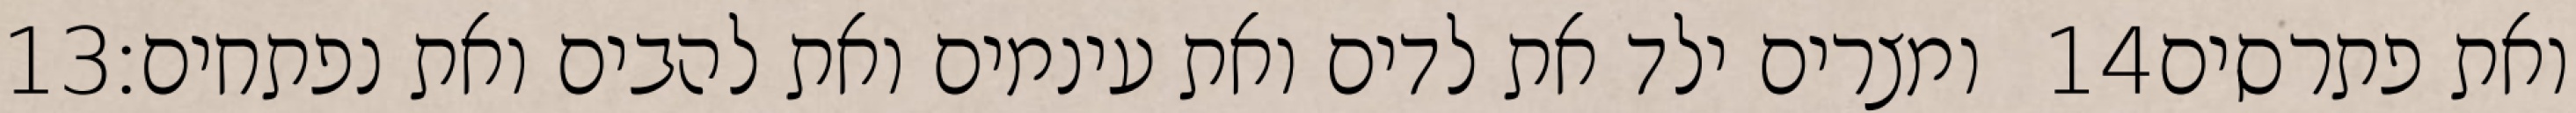
‎13‏ ומצרים ילד את לדים ואת עינמים ואת להבים ואת נפתחים׃ ‎14‏ ואת פתרסים